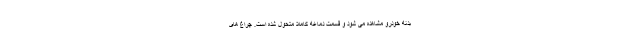
بدنه خودرو مشاهده می شود و قسمت دماغه کاملا متحول شده است. چراغ های